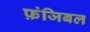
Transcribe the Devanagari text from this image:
फ़ंजिबल